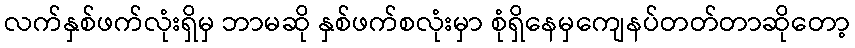
လက်နှစ်ဖက်လုံးရှိမှ ဘာမဆို နှစ်ဖက်စလုံးမှာ စုံရှိနေမှကျေနပ်တတ်တာဆိုတော့